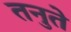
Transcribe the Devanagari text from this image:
तनुते